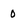
Character: 0